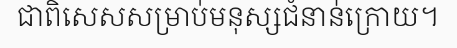
ជាពិសេសសម្រាប់មនុស្សជំនាន់ក្រោយ។